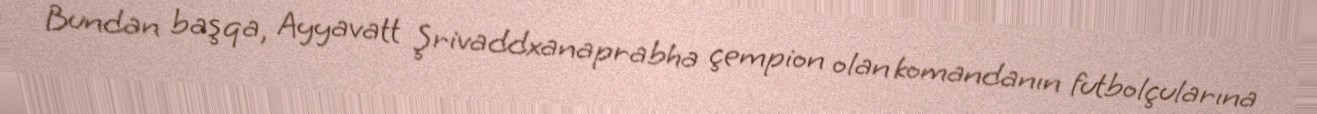
Bundan başqa, Ayyavatt Şrivaddxanaprabha çempion olan komandanın futbolçularına